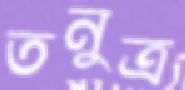
তনুত্র